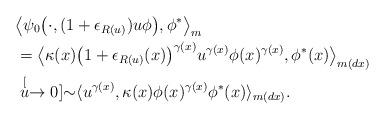
LaTeX: \begin{align*} & \big\langle \psi_0 \big(\cdot,( 1 + \epsilon_{R(u)} ) u \phi \big), \phi^* \big\rangle_m \\ & = \big\langle \kappa (x)\big( 1 + \epsilon_{R(u)}(x)\big )^{\gamma(x)} u^{\gamma(x)} \phi(x)^{\gamma(x)} , \phi^*(x) \big\rangle_{m(dx)} \\ & \stackrel[u\to 0]{}{\sim} \langle u^{\gamma(x)} , \kappa (x)\phi(x)^{\gamma(x)} \phi^*(x) \rangle_{m(dx)}. \end{align*}